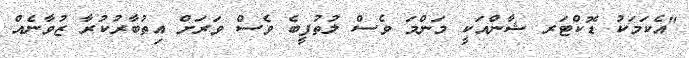
"އެކަމަކު ޑޮކްޓަރ ޝާންއަކީ މަންމަ ވެސް ލުތުފީބެ ވެސް ވަރަށް އިތުބާރުކުރާ ޒުވާނެއް